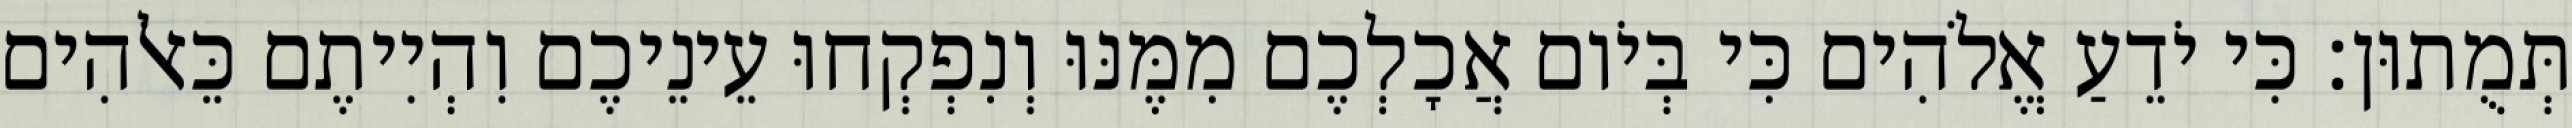
תְּמֻתוּן׃ כִּי יֹדֵעַ אֱלֹהִים כִּי בְּיֹום אֲכָלְכֶם מִמֶּנּוּ וְנִפְקְחוּ עֵינֵיכֶם וִהְיִיתֶם כֵּאלֹהִים